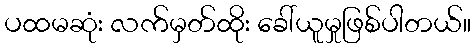
ပထမဆုံး လက်မှတ်ထိုး ခေါ်ယူမှုဖြစ်ပါတယ်။